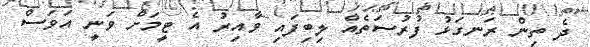
ދެ ތިން ރަނގަޅު ފުރުސަތެއް ލިބިފައި ވާއިރު އެ ޓީމަށް ވަނީ އަވަސް